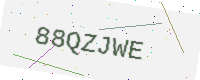
Text: 88QZJWE